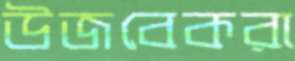
উজবেকরা